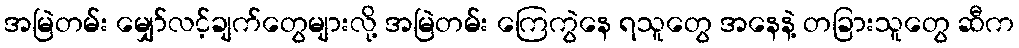
အမြဲတမ်း မျှော်လင့်ချက်တွေများလို့ အမြဲတမ်း ကြေကွဲနေ ရသူတွေ အနေနဲ့ တခြားသူတွေ ဆီက